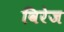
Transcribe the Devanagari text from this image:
विरेज